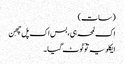
(سات)
اک لمحہ ہی، بس اک پل چھِن
ایکلویہ توؔ ٹوٹ گیا ۔